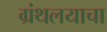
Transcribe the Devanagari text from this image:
ग्रंथलयाचा